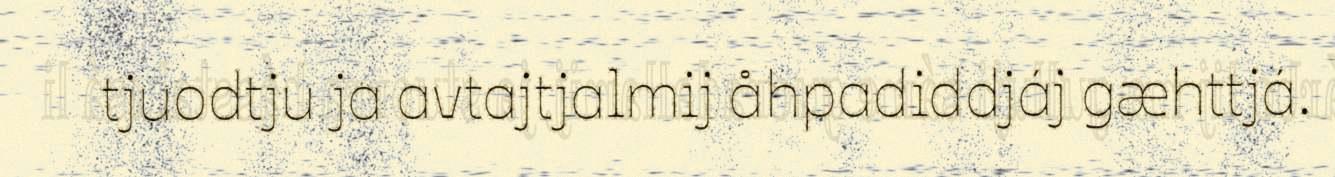
tjuodtju ja avtajtjalmij åhpadiddjáj gæhttjá.